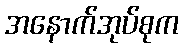
အနောက်အုပ်စုက